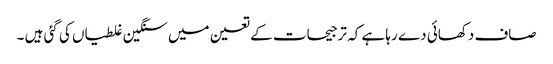
صاف دکھائی دے رہا ہے کہ ترجیحات کے تعین میں سنگین غلطیاں کی گئی ہیں ۔